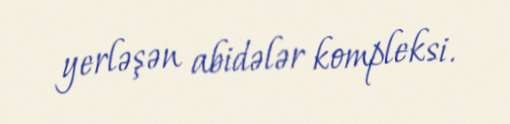
yerləşən abidələr kompleksi.